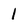
Character: 1